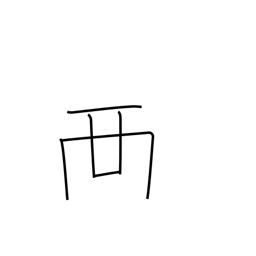
Meaning: place on top of